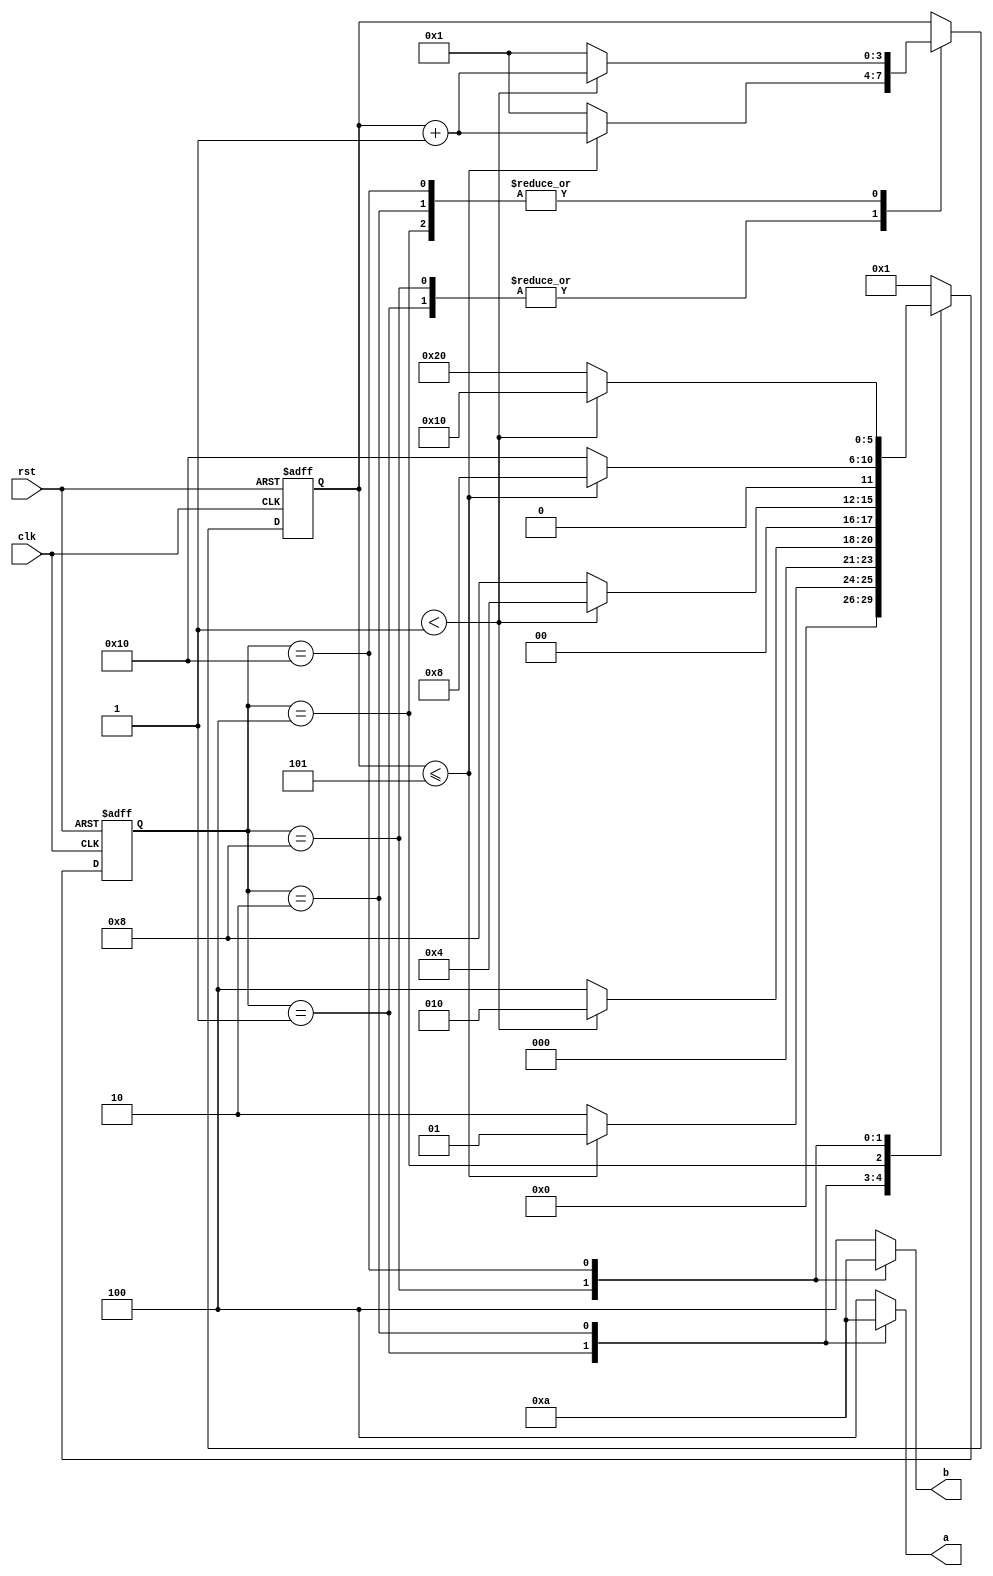
module traffic_light
(
    input clk,rst,
    output reg[2:0] a,b // a for first traffic light, b for the second traffic light
);

localparam S0 = 6'b000001,
        S1 = 6'b000010,
        S2 = 6'b000100,
        S3 = 6'b001000,
        S4 = 6'b010000,
        S5 = 6'b100000;

localparam SEC5 = 4'd5, SCE1 =4'd1;

reg[3:0] count =1;
reg[5:0] state;

always @(posedge clk or posedge rst)
begin
if(rst ==1)
    begin
        state <= S0;
        count <= 1;
    end
else
    case(state)
        S0: if(count <= SEC5)
                begin
                    state <= S0;
                    count <= count+1;
                end
            else 
                begin
                    state <=S1;
                    count <= 1;
                end
        S1: if(coubt < SCE1)
                begin
                    state <= S1;
                    count <= count+1;
                end
            else
                begin
                    state <= S2;
                    count <= 1;
                end
        S2: if(coubt < SCE1)
                begin
                    state <= S2;
                    count <= count+1;
                end
            else
                begin
                    state <= S3;
                    count <= 1;
                end
        S3: if(count <= SEC5)
                begin
                    state <= S3;
                    count <= count+1;
                end
            else 
                begin
                    state <=S4;
                    count <= 1;
                end

        S4: if(coubt < SCE1)
                begin
                    state <= S4;
                    count <= count+1;
                end
            else
                begin
                    state <= S5;
                    count <= 1;
                end
        S2: if(coubt < SCE1)
                begin
                    state <= S5;
                    count <= count+1;
                end
            else
                begin
                    state <= S0;
                    count <= 1;
                end
        default state = S0;
    endcase
end

// output
always @(*) //always runing 
begin
    case (state)
        S0: begin a <= 3'b001; b <= 3'b100; end  // 3'b001 read light, 3'b100 green light
        S1: begin a <= 3'b010; b <= 3'b100; end
        S2: begin a <= 3'b100; b <= 3'b100; end
        S3: begin a <= 3'b100; b <= 3'b001; end
        S4: begin a <= 3'b100; b <= 3'b010; end
        S5: begin a <= 3'b100; b <= 3'b100; end
        default begin a <= 3'b100; b <= 3'b100; end
    endcase
end

endmodule